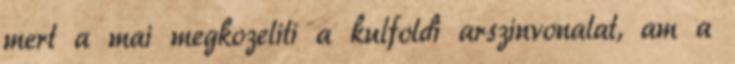
mert a mai megkozeliti a kulfoldi arszinvonalat, am a